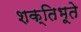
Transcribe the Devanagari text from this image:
शक्तिभूते